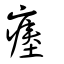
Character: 瘞